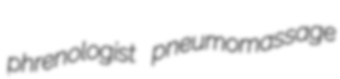
phrenologist pneumomassage